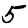
Digit: 5